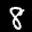
Label: 8